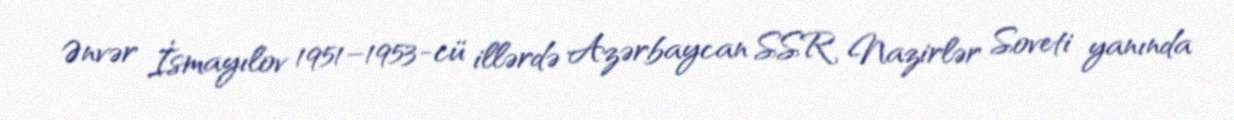
Ənvər İsmayılov 1951–1953-cü illərdə Azərbaycan SSR Nazirlər Soveti yanında